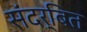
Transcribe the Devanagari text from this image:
संदर्बित